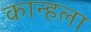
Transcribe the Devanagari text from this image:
कान्हला